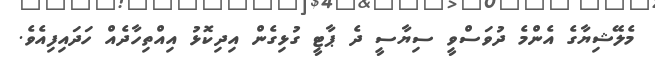
މެލޭޝިޔާގެ އެންމެ ދުވަސްވީ ސިޔާސީ ދެ ޕާޓީ ގުޅިގެން އިދިކޮޅު އިއްތިހާދެއް ހަދައިފިއެވެ.